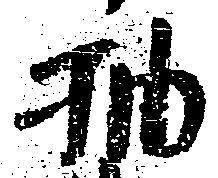
抽